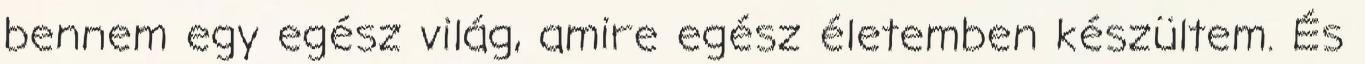
bennem egy egész világ, amire egész életemben készültem. És